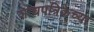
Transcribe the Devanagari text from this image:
शोधपत्रिकेच्या